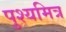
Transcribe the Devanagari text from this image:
पुश्यमित्र